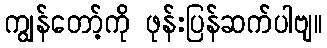
ကျွန်တော့်ကို ဖုန်းပြန်ဆက်ပါဗျ။